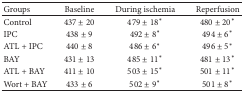
<table><thead><tr><td><b>Groups</b></td><td><b>Baseline</b></td><td><b>During ischemia</b></td><td><b>Reperfusion</b></td></tr></thead><tbody><tr><td>Control</td><td>437 ± 20</td><td>479 ± 18<sup><i>∗</i></sup></td><td>480 ± 20<sup><i>∗</i></sup></td></tr><tr><td>IPC</td><td>438 ± 9</td><td>492 ± 8<sup><i>∗</i></sup></td><td>494 ± 6<sup><i>∗</i></sup></td></tr><tr><td>ATL + IPC</td><td>440 ± 8</td><td>486 ± 6<sup><i>∗</i></sup></td><td>496 ± 5<sup><i>∗</i></sup></td></tr><tr><td>BAY</td><td>431 ± 13</td><td>485 ± 11<sup><i>∗</i></sup></td><td>481 ± 13<sup><i>∗</i></sup></td></tr><tr><td>ATL + BAY</td><td>411 ± 10</td><td>503 ± 15<sup><i>∗</i></sup></td><td>501 ± 11<sup><i>∗</i></sup></td></tr><tr><td>Wort + BAY</td><td>433 ± 6</td><td>502 ± 9<sup><i>∗</i></sup></td><td>501 ± 8<sup><i>∗</i></sup></td></tr></tbody></table>